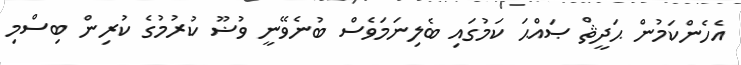
އެހެންކަމުން ޙަދީޘް ޞައްޙަ ކަމުގައި ބެލިނަމަވެސް ބުނެވޭނީ ވުޟޫ ކުރުމުގެ ކުރިން ބިސްމި